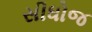
સીધોજ